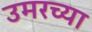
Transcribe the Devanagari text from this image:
उमरच्या